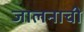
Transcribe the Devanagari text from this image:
जालनाची